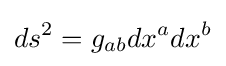
ds^{2}=g_{ab}dx^{a}dx^{b}